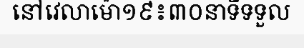
នៅវេលាម៉ោ១៩៖៣០នាទីទទួល